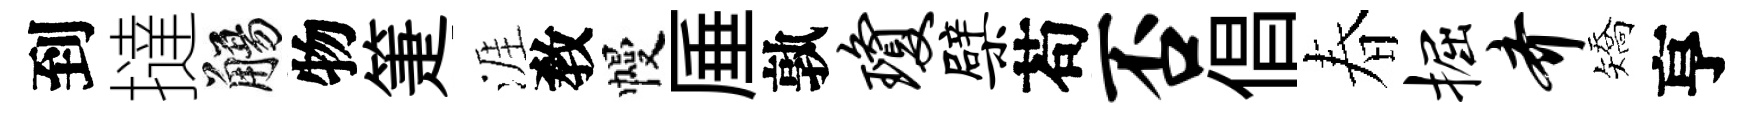
到撻觴物箑涯敎幔厜孰琼檗苟否倡春掘齐矯亨